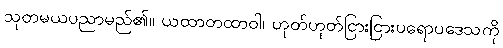
သုတမယပညာမည်၏။ ယထာတထာဝါ၊ ဟုတ်ဟုတ်ငြားငြားပရောပဒေသကို